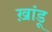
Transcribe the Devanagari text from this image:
ख़ांडू